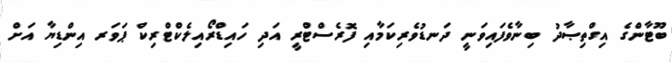
ބޫޓާންގެ އިގްތިޞާދު ބިނާވެފައިވަނީ ދަނޑުވެރިކަމާއި ފޮރެސްޓްރީ އަދި ހައިޑްރޯއިލެކްޓްރިކް ޕަވަރ އިންޑިޔާ އަށް